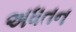
અધતન